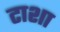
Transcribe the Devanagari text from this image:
टाशा